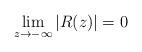
LaTeX: \begin{align*} \lim_{z\rightarrow -\infty} |R(z)| = 0\end{align*}